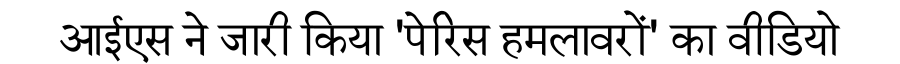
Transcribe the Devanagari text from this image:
आईएस ने जारी किया 'पेरिस हमलावरों' का वीडियो